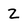
Character: Z